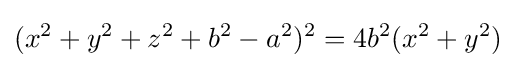
(x^{2}+y^{2}+z^{2}+b^{2}-a^{2})^{2}=4b^{2}(x^{2}+y^{2})